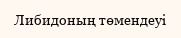
Либидоның төмендеуі